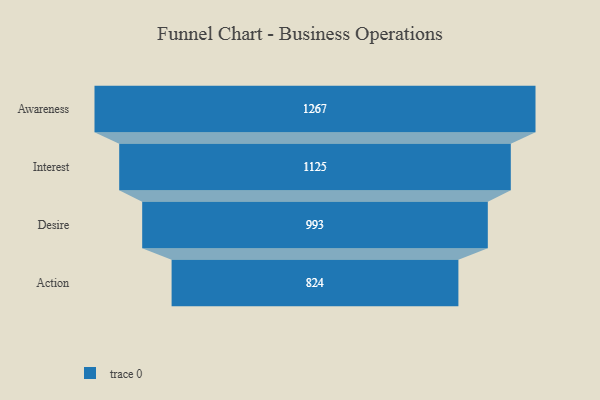
{"axis": {"x": "Stage", "y": "Value"}, "legend": [""], "data": [{"x": "Awareness", "y": 1267.0, "type": ""}, {"x": "Interest", "y": 1125.0, "type": ""}, {"x": "Desire", "y": 993.0, "type": ""}, {"x": "Action", "y": 824.0, "type": ""}]}